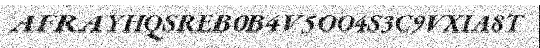
AFRAYHQSREB0B4V5OO4S3C9VXIA8T